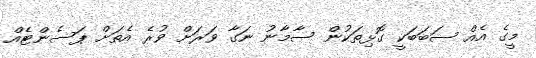
މީގެ އެއް ސަބަބަކީ ގޮޅިތަކުން ސާމާނު ނަގާ ވަރަށް ވުރެ އެތަށް ޕަސެންޓެއް